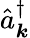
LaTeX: \hat{a}_{\boldsymbol k}^{\dagger}